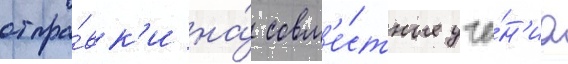
отпра́вк'и на́ совм'е́стные уче́н'иа